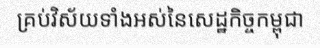
គ្រប់វិស័យទាំងអស់នៃសេដ្ឋកិច្ចកម្ពុជា